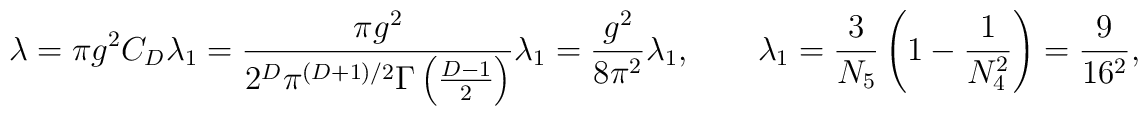
\lambda=\pi g^2C_D\lambda_1=\frac{\pi g^2}{2^D\pi^{(D+1)/2}\Gamma  \left(\frac{D-1}{2}\right)}\lambda_1=\frac{g^2}{8\pi^2}\lambda_1 ,\qquad  \lambda_1=\frac{3}{N_5}\left(1-\frac{1}{N_4^2}\right)  =\frac{9}{16^2}, \\